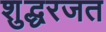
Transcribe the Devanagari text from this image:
शुद्धरजत